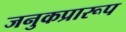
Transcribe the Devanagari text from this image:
जनुकप्रारूप